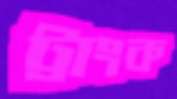
ট্রাংক